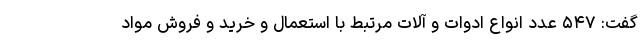
گفت: ۵۴۷ عدد انواع ادوات و آلات مرتبط با استعمال و خرید و فروش مواد